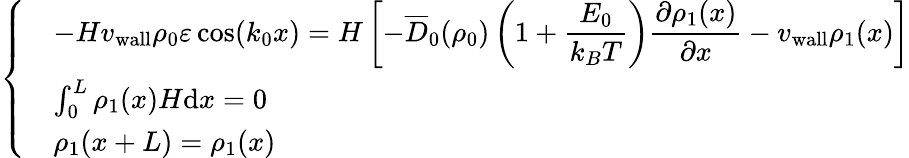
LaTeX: \left\{ \begin{array}{ll}&{-H{v_{\mathrm{wall}}}\rho_{0}\varepsilon\cos(k_{0}x)=\displaystyle H\left[-\overline{{D}}_{0}(\rho_{0})\left(1+\frac{E_{0}}{k_{B}T}\right)\frac{\partial\rho_{1}(x)}{\partial x}-v_{\mathrm{wall}}\rho_{1}(x)\right]}\\ &{\int_{0}^{L}\rho_{1}(x)H\mathrm{d}x=0}\\ &{\rho_{1}(x+L)=\rho_{1}(x)}\end{array}\right.